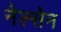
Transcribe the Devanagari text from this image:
नेल्सेन